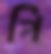
পি